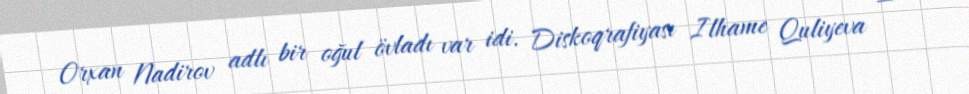
Orxan Nadirov adlı bir oğul övladı var idi. Diskoqrafiyası Ilhame Quliyeva —